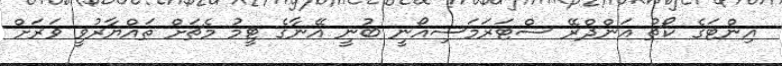
އިންޓަގެ ކޯޗު އަންދްރޭ ސްޓަރަމަސިއޯނީ ބުނީ އޭނާގެ ޓީމު މެޗަށް ތައްޔާރުވީ ވަރަށް